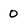
Character: 0